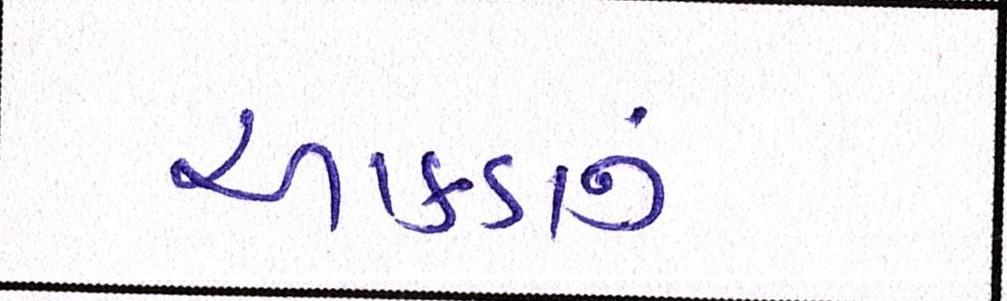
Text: આંકડાનું